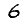
Digit: 6